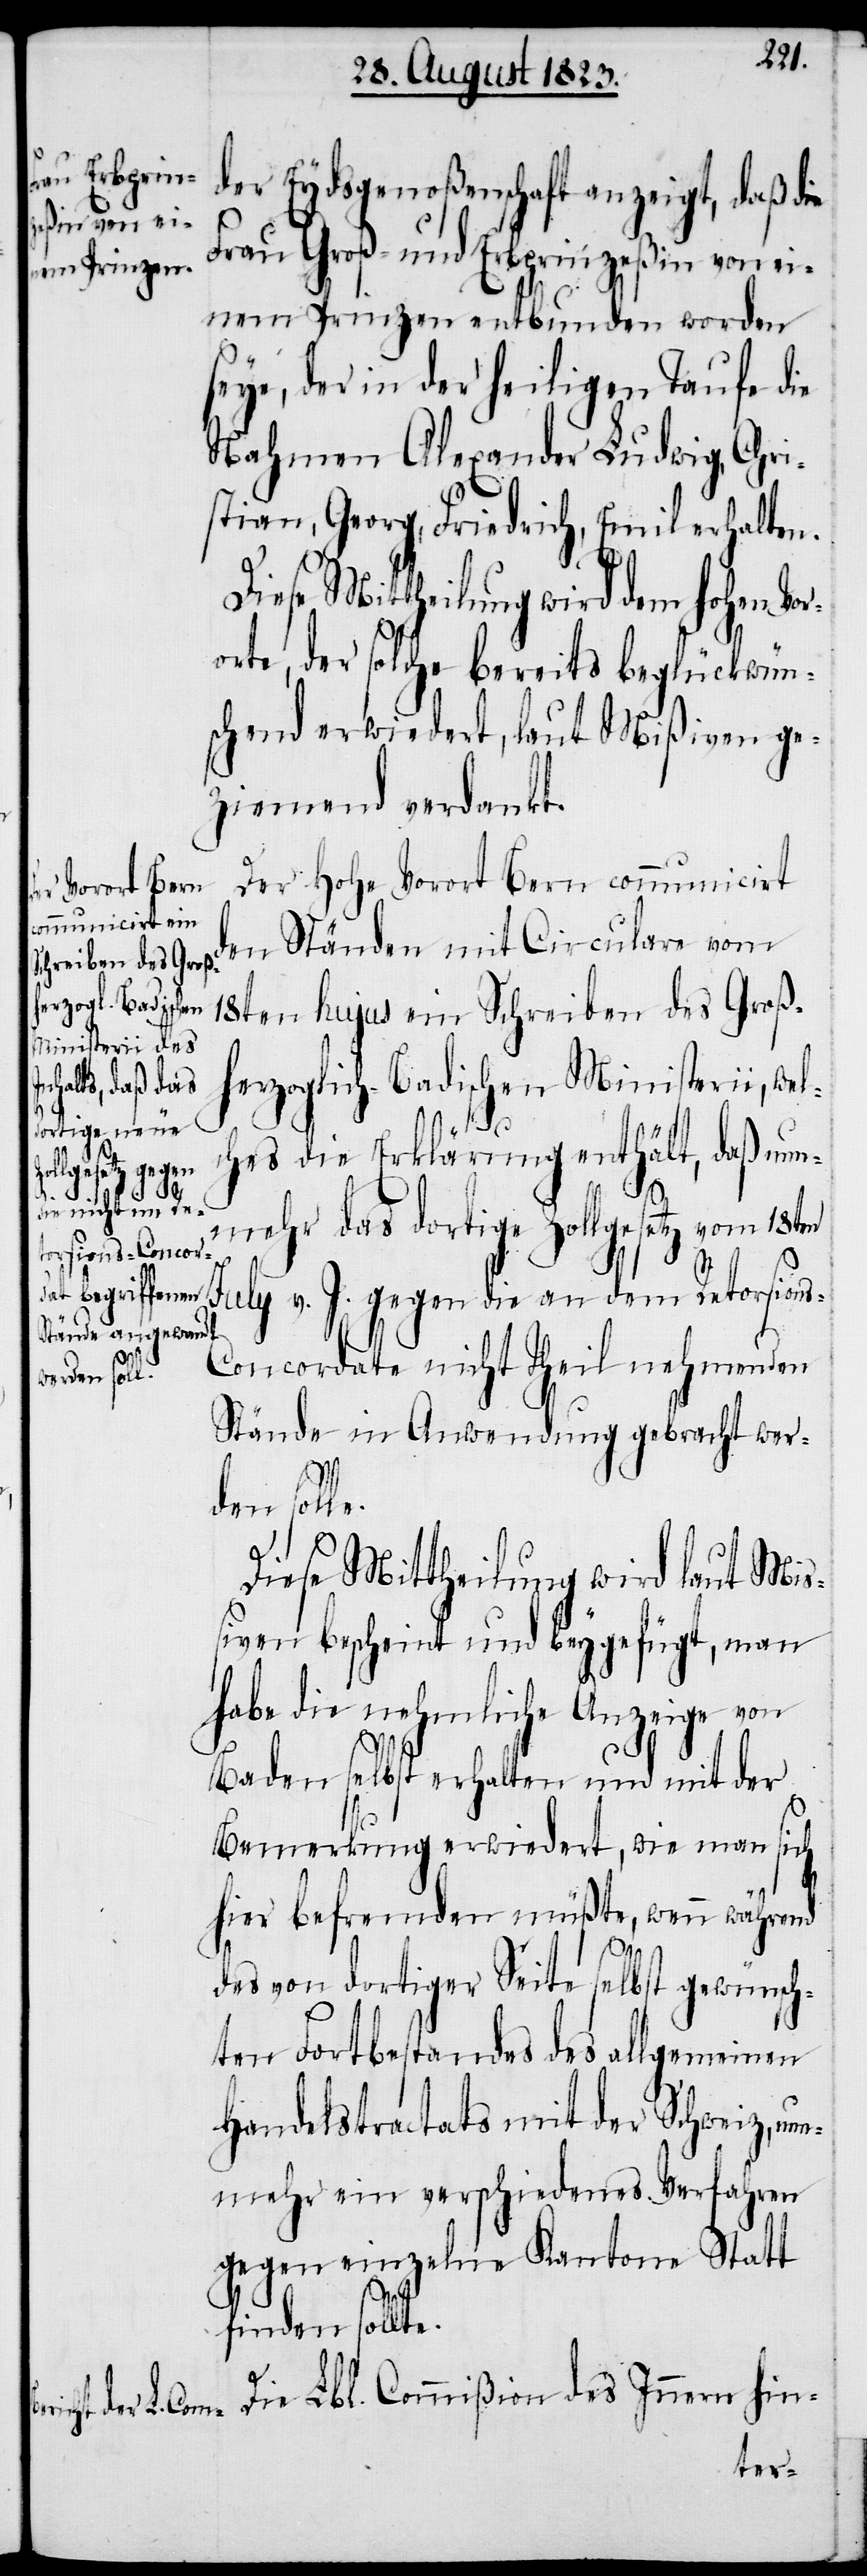
der Eydsgenoßenschaft anzeigt, daß die
Frau Groß- und Erbprinzeßin von ei¬
nem Prinzen entbunden worden
seye, der in der heiligen Taufe die
Nahmen Alexander Ludwig, Chri¬
stian, Georg, Friedrich, Emil erhalten.
Diese Mittheilung wird dem hohen Vor¬
orte, der solche bereits beglückwün¬
schend erwiedert, laut Mißiven ge¬
ziemend verdankt.
Der Hohe Vorort Bern communicirt
den Ständen mit Circulare vom
18ten hujus ein Schreiben des Groß¬
herzoglich-Badischen Ministerii, wel¬
ches die Erklärung enthält, daß nun¬
des
Die
mehr das dortige Zollgesetz vom 18ten
July v. J. gegen die an dem Retorsion¬
s-Concordate nicht Theil nehmenden
Stände in Anwendung gebracht werd¬
en soll¬
e.
Diese Mittheilung wird laut Miß¬
iven bescheint und beygefügt, man
habe die nehmliche Anzeige von
Baden selbst erhalten und mit der
Bemerkung erwiedert, wie man sich
hier befremden müßte, wenn während
des von dortiger Seite selbst gewünsch¬
ten Fortbestandes des allgemeinen
Handelstractats mit der Schweiz, nu¬
nmehr ein verschiedenes Verfahren
gegen einzelne Kantone Statt
finden sollt¬